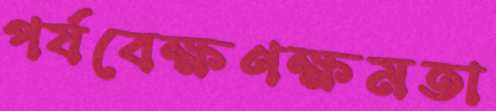
পর্যবেক্ষণক্ষমতা